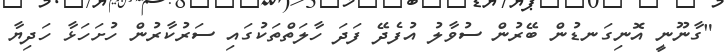
"ގާނޫނީ އޮނިގަނޑުން ބޭރުން ސުވާލު އުފެދޭ ފަދަ ހާލަތްތަކުގައި ސަރުކާރުން ހުށަހަޅާ ހަދިޔާ